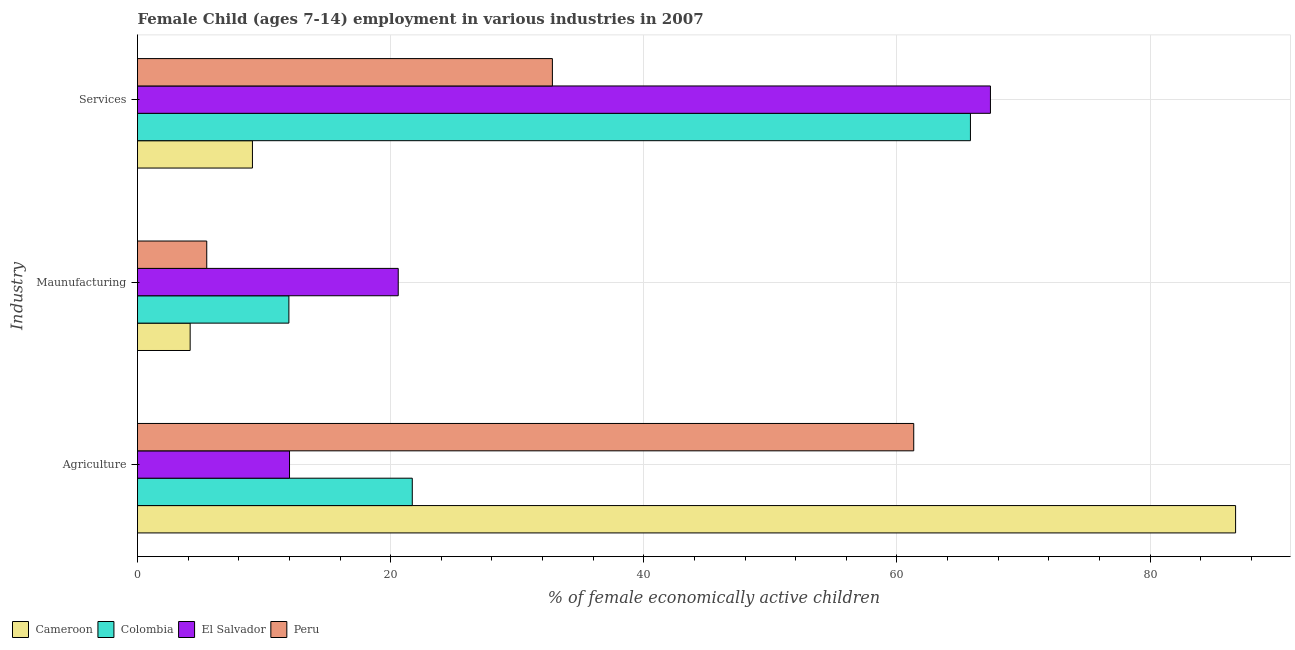
| Industry | Cameroon | Colombia | El Salvador | Peru |
 | --- | --- | --- | --- | --- |
 | Agriculture | 86.8 | 21.7 | 12 | 61.3 |
 | Maunufacturing | 4.16 | 12 | 20.6 | 5.47 |
 | Services | 9.08 | 65.8 | 67.4 | 32.8 |